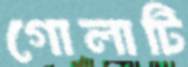
গোলাটি